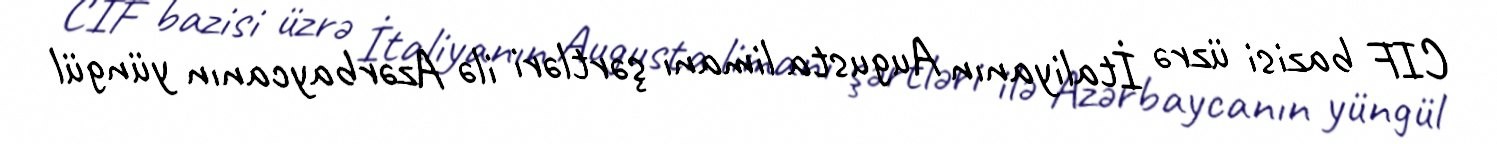
CIF bazisi üzrə İtaliyanın Augusta limanı şərtləri ilə Azərbaycanın yüngül